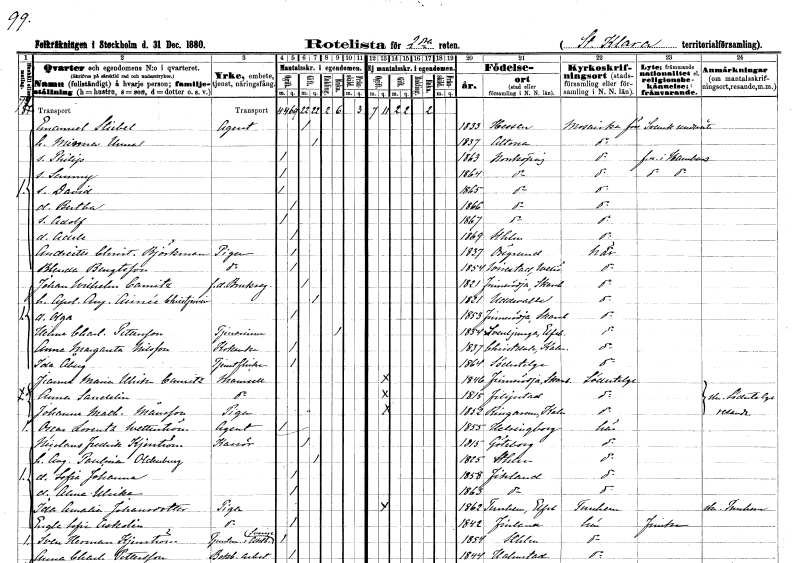
gt_parse: households: individuals: FN: Emanuel
EN: Stiebel
YRKE: Agent
KON: M
CIV: G
FODAR: 1833
FN: Minna Unna
KON: K
CIV: G
FODAR: 1837
FN: Philip
KON: M
CIV: O
FODAR: 1863
FODFORS: Norrköping Östergötlands län
FN: Semmy
KON: M
CIV: O
FODAR: 1864
FODFORS: Norrköping Östergötlands län
FN: David
KON: M
CIV: O
FODAR: 1865
FODFORS: Norrköping Östergötlands län
FN: Bertha
KON: K
CIV: O
FODAR: 1866
FODFORS: Norrköping Östergötlands län
FN: Adolf
KON: M
CIV: O
FODAR: 1867
FODFORS: Norrköping Östergötlands län
FN: Adele
KON: K
CIV: O
FODAR: 1869
FODFORS: Stockholm
FN: Andriette Christina
EN: Björkman
YRKE: Piga
KON: K
CIV: O
FODAR: 1837
FODFORS: Öregrund Uppsala län
FN: Blenda
EN: Bengtsson
YRKE: Piga
KON: K
CIV: O
FODAR: 1854
FODFORS: Virestad Kronobergs län
FN: Johan Wilhelm
EN: Camitz
YRKE: Bruksägare f.d.
KON: M
CIV: G
FODAR: 1821
FODFORS: Finnerödja Örebro län
FN: Apollonia Augusta Aimée
EN: Christjernin
KON: K
CIV: G
FODAR: 1821
FODFORS: Uddevalla Göteborgs- och Bohuslän
FN: Olga
KON: K
CIV: O
FODAR: 1853
FODFORS: Finnerödja Örebro län
FN: Hilma Charlotta
EN: Pettersson
YRKE: Tjänarinna
KON: K
CIV: E
FODAR: 1854
FODFORS: Svenljunga Älvsborgs län
FN: Anna Margareta
EN: Nilsson
YRKE: Kokerska
KON: K
CIV: O
FODAR: 1837
FODFORS: Kristdala Kalmar län
FN: Ida
EN: Åberg
YRKE: Tjänsteflicka
KON: K
CIV: O
FODAR: 1864
FODFORS: Södertälje Stockholms län
FN: Jeanna Maria Ulrika
EN: Camitz
KON: K
CIV: O
FODAR: 1846
FODFORS: Finnerödja Örebro län
FN: Anna
EN: Sandelin
KON: K
CIV: O
FODAR: 1815
FODFORS: Filipstad Värmlands län
FN: Johanna Mathilda
EN: Månsson
YRKE: Piga
KON: K
CIV: O
FODAR: 1852
FODFORS: Ringarum Östergötlands län
FN: Oscar Lorentz
EN: Wetterström
YRKE: Agent
KON: M
CIV: O
FODAR: 1855
FODFORS: Helsingborg Malmöhus län
FN: Nicolaus Fredrik
EN: Kjerström
YRKE: Kassör
KON: M
CIV: G
FODAR: 1815
FODFORS: Göteborg Göteborgs- och Bohuslän
FN: Augusta Paulina
EN: Oldenburg
KON: K
CIV: G
FODAR: 1825
FODFORS: Stockholm
FN: Sofia Johanna
KON: K
CIV: O
FODAR: 1858
FN: Alma Ulrika
KON: K
CIV: O
FODAR: 1863
FN: Ida Amalia
EN: Johansdotter
YRKE: Piga
KON: K
CIV: O
FODAR: 1862
FODFORS: Västra Tunhem Älvsborgs län
FN: Engla Sofia
EN: Askelin
YRKE: Piga
KON: K
CIV: O
FODAR: 1842